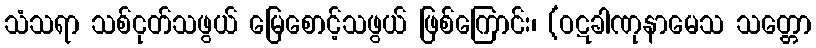
သံသရာ သစ်ငုတ်သဖွယ် မြေစောင့်သဖွယ် ဖြစ်ကြောင်း၊ (ဝဋခါဏုနာမေသ သတ္တော